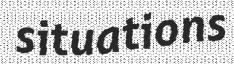
situations